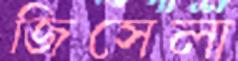
জিসেলা